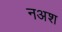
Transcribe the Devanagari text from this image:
नअश